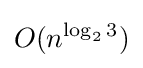
O(n^{\log _{2}3})